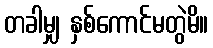
တခါမျှ နှစ်ကောင်မတွဲမိ။